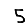
Digit: 5